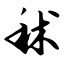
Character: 秫